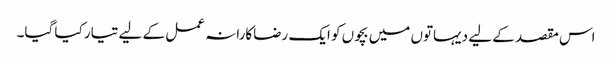
اس مقصد کے لیے دیہاتوں میں بچوں کو ایک رضاکارانہ عمل کے لیے تیار کیا گیا۔